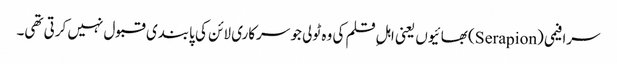
سرافیمی (Serapion) بھائیوں یعنی اہلِ قلم کی وہ ٹولی جو سرکاری لائن کی پابندی قبول نہیں کرتی تھی۔